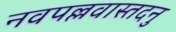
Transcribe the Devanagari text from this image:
नवपल्लवास्तदनु